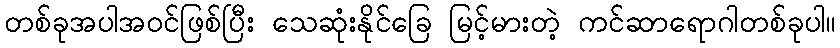
တစ်ခုအပါအဝင်ဖြစ်ပြီး သေဆုံးနိုင်ခြေ မြင့်မားတဲ့ ကင်ဆာရောဂါတစ်ခုပါ။